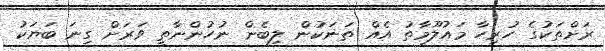
ރަށްތަކުގެ ހުރިހާ މައުލޫމާތު އެއް ތަނަކުން ލިބެން ނުހުންނާތީ ވަރަށް ގިނަ ބަޔަކު